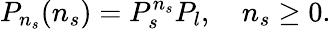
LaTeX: P_{n_{s}}(n_{s})=P_{s}^{n_{s}}P_{l},\quad n_{s}\ge 0.